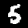
Digit: 5